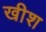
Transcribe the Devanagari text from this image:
खीश